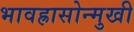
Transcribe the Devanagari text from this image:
भावह्रासोन्मुखी